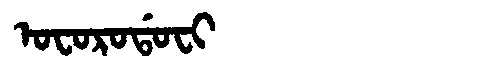
Manchu: ᠣᠸᠣᡵᠣᡩᠣᠸᡳ
Romanization: OFORODOFI